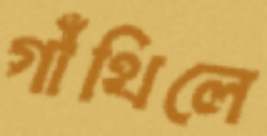
গাঁথিলে